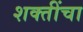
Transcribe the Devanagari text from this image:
शक्‍तींचा